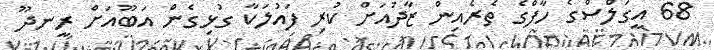
68 އީގަލްސްގެ ހާފްގެ ތެރެއިން ޒާދުއަށް ކުރި ފައުލަކާ ގުޅިގެން އަބޫއަށް ރީނދޫ